Indian journal of veterinary science and animal husbandry - Volume 11,
Year: 1941
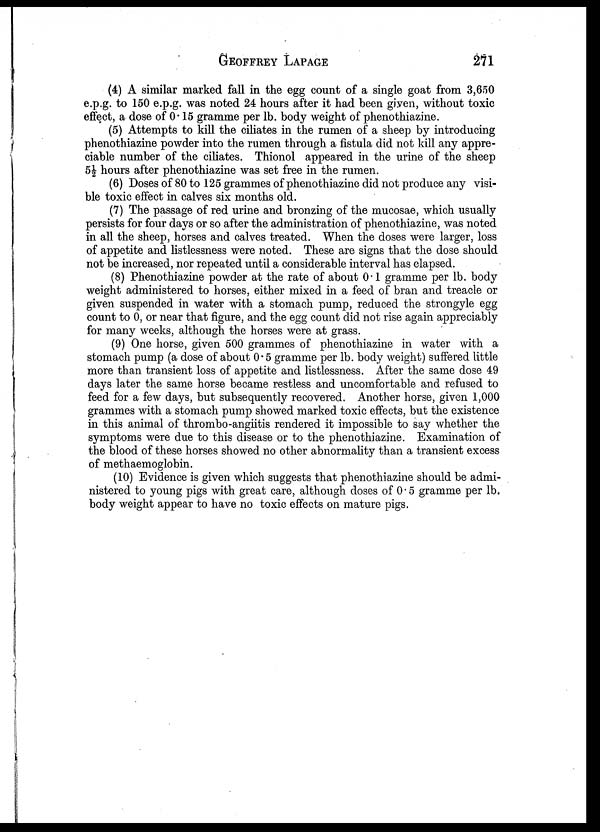
GEOFFREY LAPAGE 271
(4) A similar marked fall in the egg count of a single goat from 3,650
e.p.g. to 150 e.p.g. was noted 24 hours after it had been given, without toxic
effect, a dose of 0.15 gramme per lb. body weight of phenothiazine.
(5) Attempts to kill the ciliates in the rumen of a sheep by introducing
phenothiazine powder into the rumen through a fistula did not kill any appre-
ciable number of the ciliates. Thionol appeared in the urine of the sheep
5½ hours after phenothiazine was set free in the rumen.
(6) Doses of 80 to 125 grammes of phenothiazine did not produce any visi-
ble toxic effect in calves six months old.
(7) The passage of red urine and bronzing of the mucosae, which usually
persists for four days or so after the administration of phenothiazine, was noted
in all the sheep, horses and calves treated. When the doses were larger, loss
of appetite and listlessness were noted. These are signs that the dose should
not be increased, nor repeated until a considerable interval has elapsed.
(8) Phenothiazine powder at the rate of about 0.1 gramme per lb. body
weight administered to horses, either mixed in a feed of bran and treacle or
given suspended in water with a stomach pump, reduced the strongyle egg
count to 0, or near that figure, and the egg count did not rise again appreciably
for many weeks, although the horses were at grass.
(9) One horse, given 500 grammes of phenothiazine in water with a
stomach pump (a dose of about 0.5 gramme per lb. body weight) suffered little
more than transient loss of appetite and listlessness. After the same dose 49
days later the same horse became restless and uncomfortable and refused to
feed for a few days, but subsequently recovered. Another horse, given 1,000
grammes with a stomach pump showed marked toxic effects, but the existence
in this animal of thrombo-angiitis rendered it impossible to say whether the
symptoms were due to this disease or to the phenothiazine. Examination of
the blood of these horses showed no other abnormality than a transient excess
of methaemoglobin.
(10) Evidence is given which suggests that phenothiazine should be admi-
nistered to young pigs with great care, although doses of 0.5 gramme per lb.
body weight appear to have no toxic effects on mature pigs.